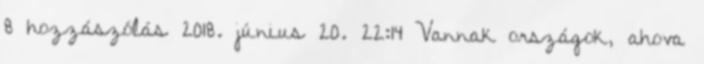
8 hozzászólás 2018. június 20. 22:14 Vannak országok, ahova